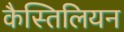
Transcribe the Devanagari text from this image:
कैस्तिलियन